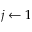
j \gets 1